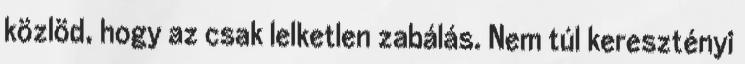
közlöd, hogy az csak lelketlen zabálás. Nem túl keresztényi